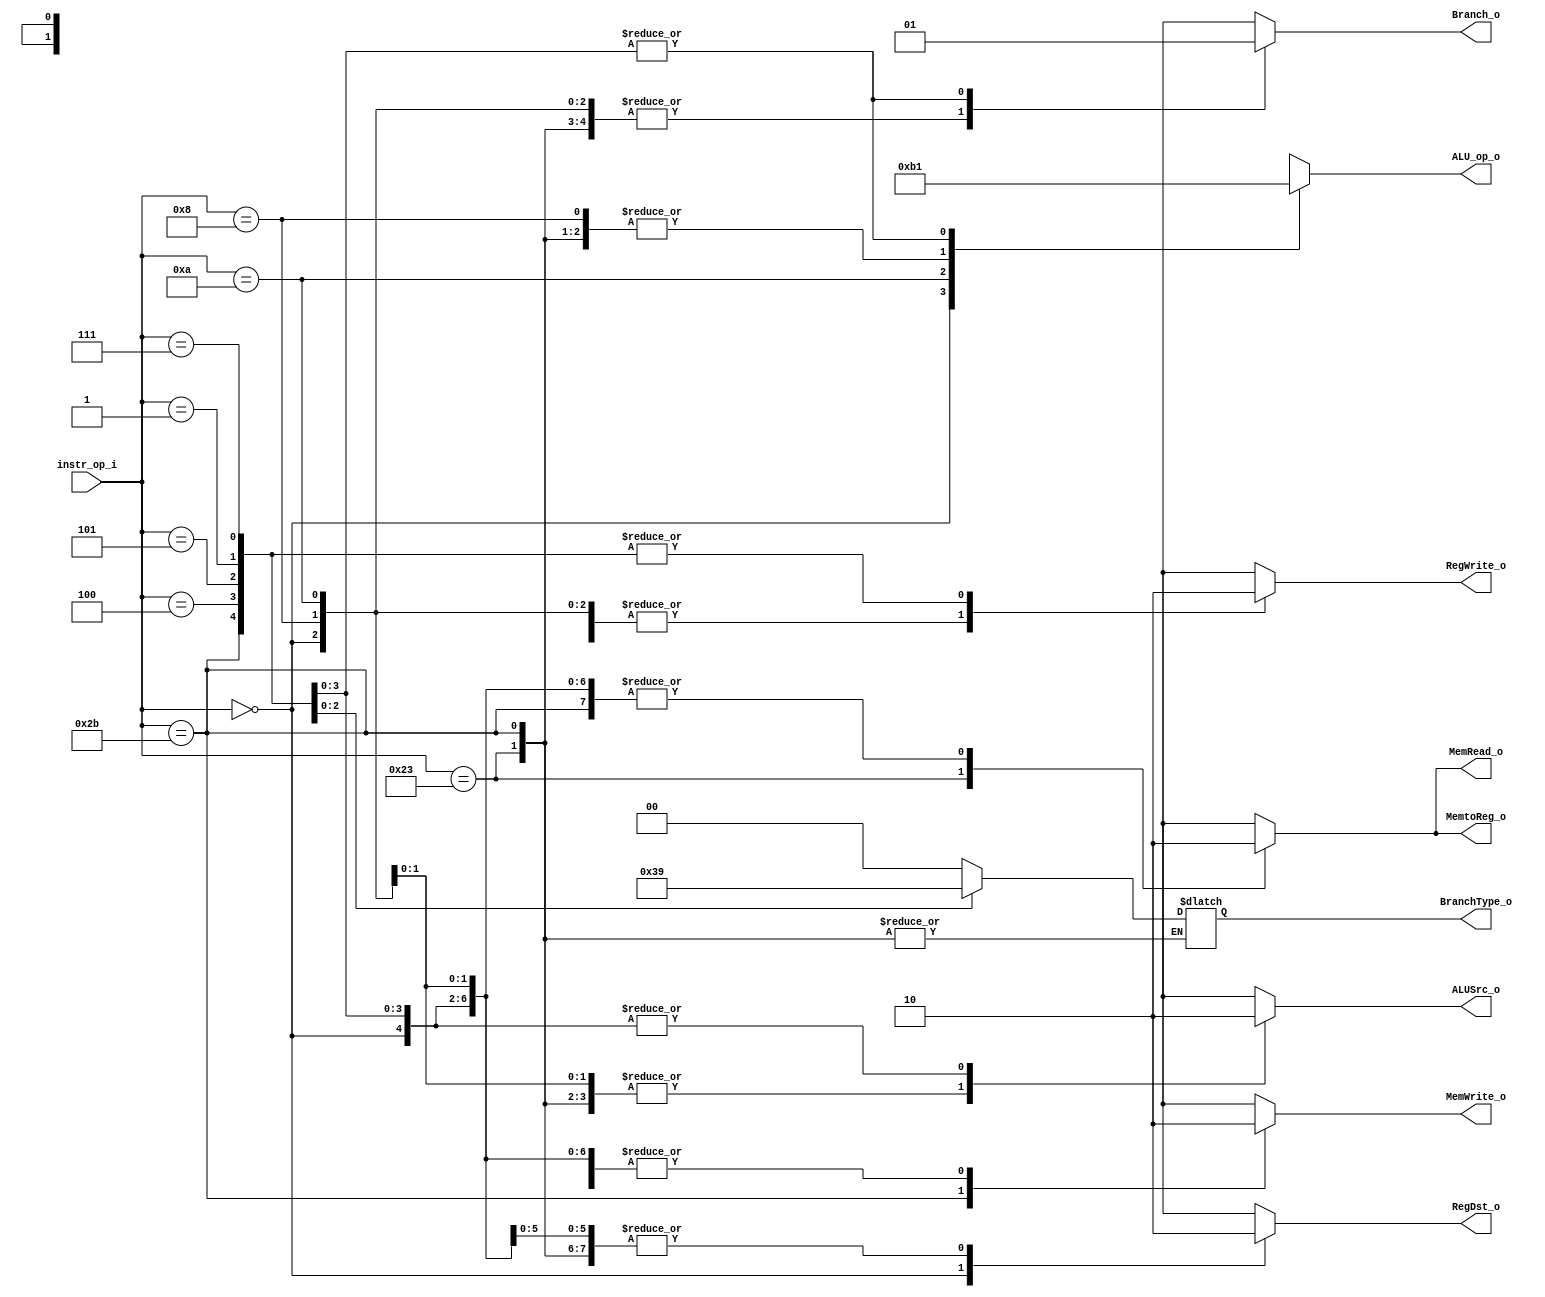
// 110550108
//Subject:     CO project 5 - Decoder
//--------------------------------------------------------------------------------
//Version:     1
//--------------------------------------------------------------------------------
//Writer:      
//----------------------------------------------
//Date:        
//----------------------------------------------
//Description: 
//--------------------------------------------------------------------------------

module Decoder(
    instr_op_i,
	RegWrite_o,
	ALU_op_o,
	ALUSrc_o,
	RegDst_o,
	Branch_o,
	MemRead_o,
	MemWrite_o,
	MemtoReg_o,
	BranchType_o
	);

//I/O ports
input  [6-1:0] instr_op_i;

output         RegWrite_o;
output [2-1:0] ALU_op_o;
output         ALUSrc_o;
output 		   RegDst_o;
output         Branch_o;
output		   MemRead_o;
output		   MemWrite_o;
output 		   MemtoReg_o;
output [2-1:0] BranchType_o;

//Internal Signals
reg    [2-1:0] ALU_op_o;
reg            ALUSrc_o;
reg            RegWrite_o;
reg    		   RegDst_o;
reg            Branch_o;
reg		       MemRead_o;
reg		       MemWrite_o;
reg    		   MemtoReg_o;
reg    [2-1:0] BranchType_o;

//Main function
always @(instr_op_i) begin
	case (instr_op_i)	 
		6'b000000: begin	// r-format(add, sub, and, or, slt, mult)
			RegWrite_o <= 1'b1;
			ALU_op_o <= 2'b10;
			ALUSrc_o <= 1'b0;
			RegDst_o <= 1'b1;
			Branch_o <= 1'b0;
			MemRead_o <= 1'b0;
			MemWrite_o <= 1'b0;
			MemtoReg_o <= 1'b0;
			BranchType_o <= 2'b00;
			end
		6'b001000: begin	// addi
			RegWrite_o <= 1'b1;
			ALU_op_o <= 2'b00;  
			ALUSrc_o <= 1'b1; 
			RegDst_o <= 1'b0; 
			Branch_o <= 1'b0;
			MemRead_o <= 1'b0;
			MemWrite_o <= 1'b0;
			MemtoReg_o <= 1'b0;
			BranchType_o <= 2'b00;
		end
		6'b001010: begin	// slti
			RegWrite_o <= 1'b1;
			ALU_op_o <= 2'b11;  
			ALUSrc_o <= 1'b1; 
			RegDst_o <= 1'b0; 
			Branch_o <= 1'b0;
			MemRead_o <= 1'b0;
			MemWrite_o <= 1'b0;
			MemtoReg_o <= 1'b0;
			BranchType_o <= 2'b00;
		end
		6'b100011: begin	// lw
			RegWrite_o <= 1'b1;
			ALU_op_o <= 2'b00;  
			ALUSrc_o <= 1'b1; 
			RegDst_o <= 1'b0; 
			Branch_o <= 1'b0; 
			MemRead_o <= 1'b1;
			MemWrite_o <= 1'b0;
			MemtoReg_o <= 1'b1;
		end
		6'b101011: begin	// sw
			RegWrite_o <= 1'b0;
			ALU_op_o <= 2'b00;  
			ALUSrc_o <= 1'b1; 
			RegDst_o <= 1'b0;
			Branch_o <= 1'b0; 
			MemRead_o <= 1'b0;
			MemWrite_o <= 1'b1;
			MemtoReg_o <= 1'b0;
		end
		6'b000100: begin	// beq
			RegWrite_o <= 1'b0;
			ALU_op_o <= 2'b01;  
			ALUSrc_o <= 1'b0; 
			RegDst_o <= 1'b0;
			Branch_o <= 1'b1;
			MemRead_o <= 1'b0;
			MemWrite_o <= 1'b0;
			MemtoReg_o <= 1'b0;
			BranchType_o <= 2'b00;
		end
		6'b000101: begin	// bne
			RegWrite_o <= 1'b0;
			ALU_op_o <= 2'b01;  
			ALUSrc_o <= 1'b0; 
			RegDst_o <= 1'b0;
			Branch_o <= 1'b1;
			MemRead_o <= 1'b0;
			MemWrite_o <= 1'b0;
			MemtoReg_o <= 1'b0;
			BranchType_o <= 2'b11;
		end
		6'b000001: begin	// bge
			RegWrite_o <= 1'b0;
			ALU_op_o <= 2'b01;  
			ALUSrc_o <= 1'b0; 
			RegDst_o <= 1'b0;
			Branch_o <= 1'b1;
			MemRead_o <= 1'b0;
			MemWrite_o <= 1'b0;
			MemtoReg_o <= 1'b0;
			BranchType_o <= 2'b10;
		end
		6'b000111: begin	// bgt
			RegWrite_o <= 1'b0;
			ALU_op_o <= 2'b01;  
			ALUSrc_o <= 1'b0; 
			RegDst_o <= 1'b0;
			Branch_o <= 1'b1;
			MemRead_o <= 1'b0;
			MemWrite_o <= 1'b0;
			MemtoReg_o <= 1'b0;
			BranchType_o <= 2'b01;
		end
		default: begin
			{RegWrite_o, ALU_op_o, ALUSrc_o, RegDst_o, Branch_o, MemRead_o, MemWrite_o, MemtoReg_o, BranchType_o} <= 11'bxxxxxxxxxxx;
		end
	endcase
end

endmodule